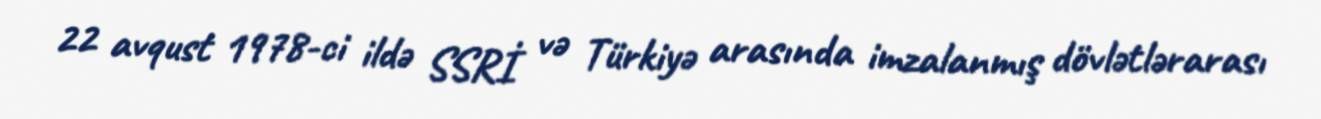
22 avqust 1978-ci ildə SSRİ və Türkiyə arasında imzalanmış dövlətlərarası